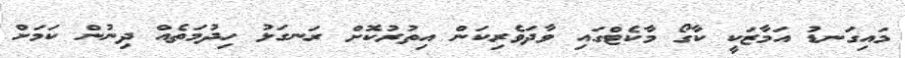
މައިގަނޑު އަމާޒަކީ ކާގޯ މާކެޓްގައި ވާދަވެރިކަން އިތުރުކޮށް ރަނގަޅު ހިދުމަތެއް ދިނުން ކަމަށް